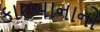
કારખાનાનો